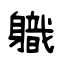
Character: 軄